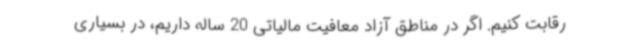
رقابت کنیم. اگر در مناطق آزاد معافیت مالیاتی 20 ساله داریم، در بسیاری